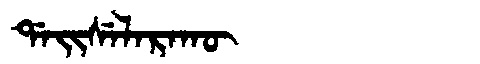
Manchu: ᡩᠠᡳᠰᡝᠯᠠᡵᠠᡴᡡ
Romanization: DAISELARAKŪ